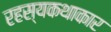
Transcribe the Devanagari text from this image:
रहस्यकथाकार